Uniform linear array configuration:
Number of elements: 4
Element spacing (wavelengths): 1
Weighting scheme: cosine
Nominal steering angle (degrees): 45
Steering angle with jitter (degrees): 44.462
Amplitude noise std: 0.05
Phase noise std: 0.05

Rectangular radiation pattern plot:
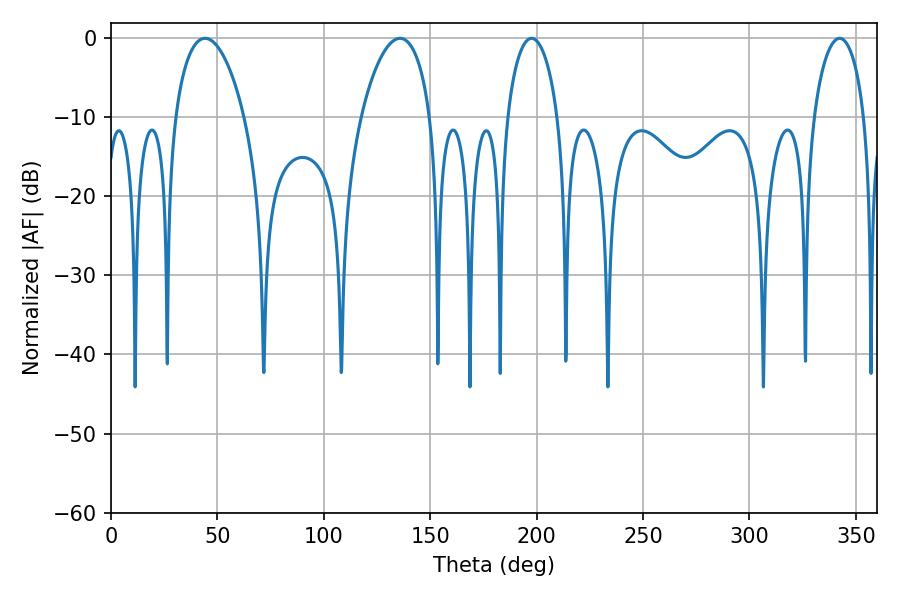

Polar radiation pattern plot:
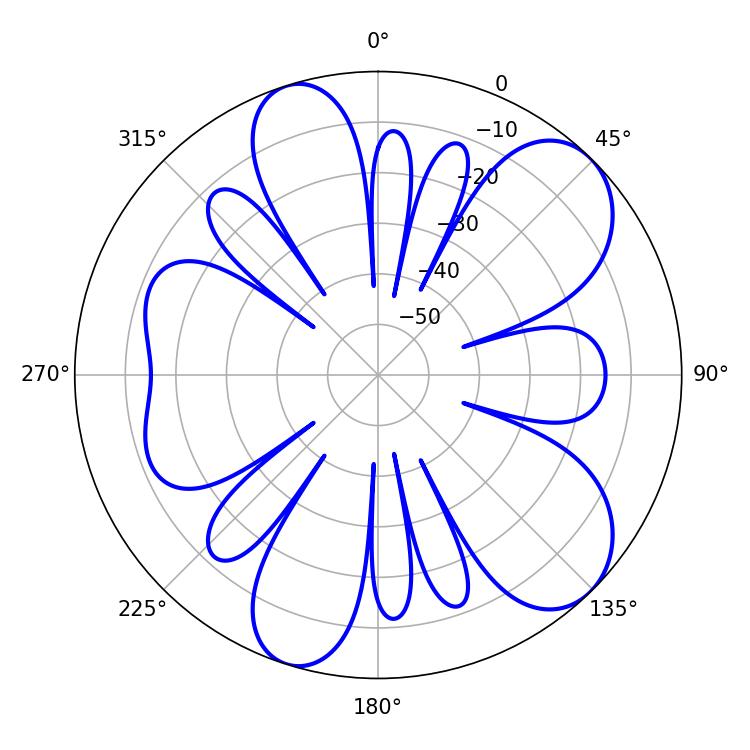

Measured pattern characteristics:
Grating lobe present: TRUE
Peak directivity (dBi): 8.601
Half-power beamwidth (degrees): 13.68
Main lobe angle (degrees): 197.64